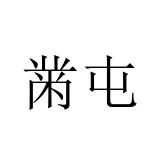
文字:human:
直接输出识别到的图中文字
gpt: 黹屯